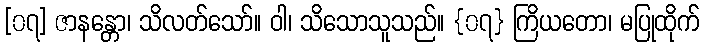
[၀၇] ဇာနန္တော၊ သိလတ်သော်။ ဝါ၊ သိသောသူသည်။ {၀၇} ကြိယတော၊ မပြုထိုက်